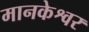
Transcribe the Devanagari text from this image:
मानकेश्वर